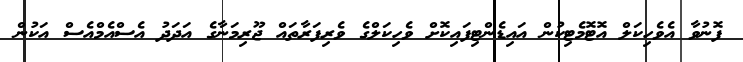
ފޮނުވާ އެވެހިކަލް އޮޓޮމެޓިކުން އައިޑެންޓިފައިކޮށް ވެހިކަލްގެ ވެރިފަރާތައް ޖޫރިމަނާގެ އަދަދު އެސްއެމްއެސް އަކުން